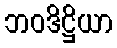
ဘဝဒိဋ္ဌိယာ